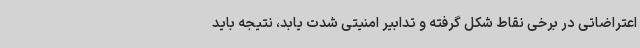
اعتراضاتی در برخی نقاط شکل گرفته و تدابیر امنیتی شدت یابد، نتیجه باید